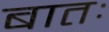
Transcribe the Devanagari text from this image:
बातः